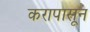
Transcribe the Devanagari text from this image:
करापासून